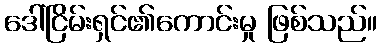
ဒေါ်ငြိမ်းရှင်၏ကောင်းမှု ဖြစ်သည်။